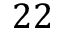
2 2